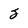
Character: 2